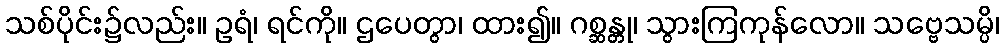
သစ်ပိုင်း၌လည်း။ ဥရံ၊ ရင်ကို။ ဌပေတွာ၊ ထား၍။ ဂစ္ဆန္တု၊ သွားကြကုန်လော။ သဗ္ဗေသမ္ပိ၊